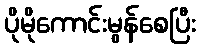
ပိုမိုကောင်းမွန်စေပြီး